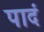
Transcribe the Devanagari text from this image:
पादं